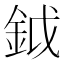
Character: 鉞